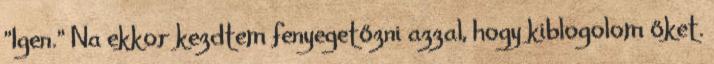
"Igen." Na ekkor kezdtem fenyegetőzni azzal, hogy kiblogolom őket.